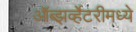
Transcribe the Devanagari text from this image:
ऑब्झर्व्हेटरीमध्ये